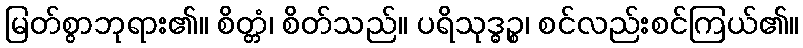
မြတ်စွာဘုရား၏။ စိတ္တံ၊ စိတ်သည်။ ပရိသုဒ္ဓဉ္စ၊ စင်လည်းစင်ကြယ်၏။